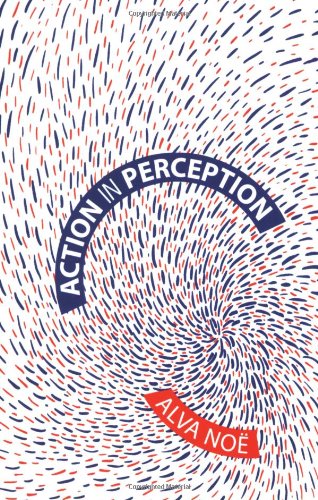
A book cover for Action in Perception (Representation and Mind series); Alva Noe; Medical Books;